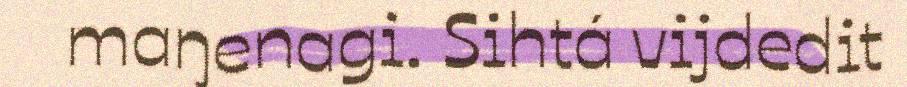
maŋenagi. Sihtá vijdedit